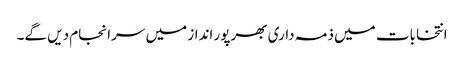
انتخابات میں ذمہ داری بھرپور انداز میں سرانجام دیں گے۔